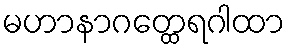
မဟာနာဂတ္ထေရဂါထာ